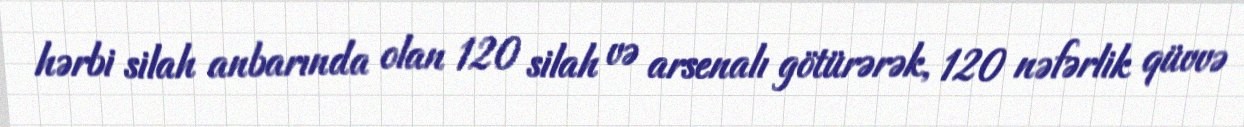
hərbi silah anbarında olan 120 silah və arsenalı götürərək, 120 nəfərlik qüvvə